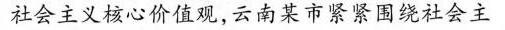
社会主义核心价值观，云南某市紧紧围绕社会主